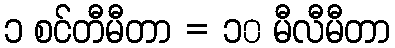
၁ စင်တီမီတာ = ၁၀ မီလီမီတာ